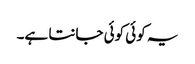
یہ کوئی کوئی جانتا ہے۔